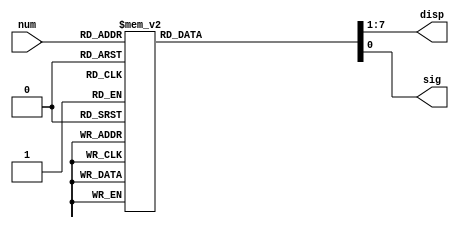
module dec4bits(
input [3:0] num,
output reg [6:0] disp,
output reg sig
);

always @(*)
begin
	case (num)
		4'b0000:
			begin
				sig = ~1'b0;
				disp = ~7'b0111111;
			end
		4'b0001:
			begin
				sig = ~1'b0;
				disp = ~7'b0000110;
			end
		4'b0010:
			begin
				sig = ~1'b0;
				disp = ~7'b1011011;
			end
		4'b0011:
			begin
				sig = ~1'b0;
				disp = 7'b0110000;
			end
		4'b0100:
			begin
				sig = ~1'b0;
				disp = 7'b0011001;
			end
		4'b0101:
			begin
				sig = ~1'b0;
				disp = 7'b0010010;
			end
		4'b0110:
			begin
				sig = ~1'b0;
				disp = 7'b0000011;
			end
		4'b0111:
			begin
				sig = ~1'b0;
				disp = 7'b1111000;
			end
		4'b1000:
			begin
				sig = ~1'b1;
				disp = 7'b0000000;
			end
		4'b1001:
			begin
				sig = ~1'b1;
				disp = 7'b1111000;
			end
		4'b1010:
			 begin
				sig = ~1'b1;
				disp = 7'b0000011;
			end
		4'b1011:
			begin
				sig = ~1'b1;
				disp = 7'b0010010;
			end
		4'b1100:
			begin
				sig = ~1'b1;
				disp = 7'b0011001;
			end
		4'b1101:
			begin
				sig = ~1'b1;
				disp = 7'b0110000;
			end
		4'b1110:
			begin
				sig = ~1'b1;
				disp = ~7'b1011011;
			end
		4'b1111:
			begin
				sig = ~1'b1;
				disp = ~7'b0000110;
			end
	endcase
end

endmodule